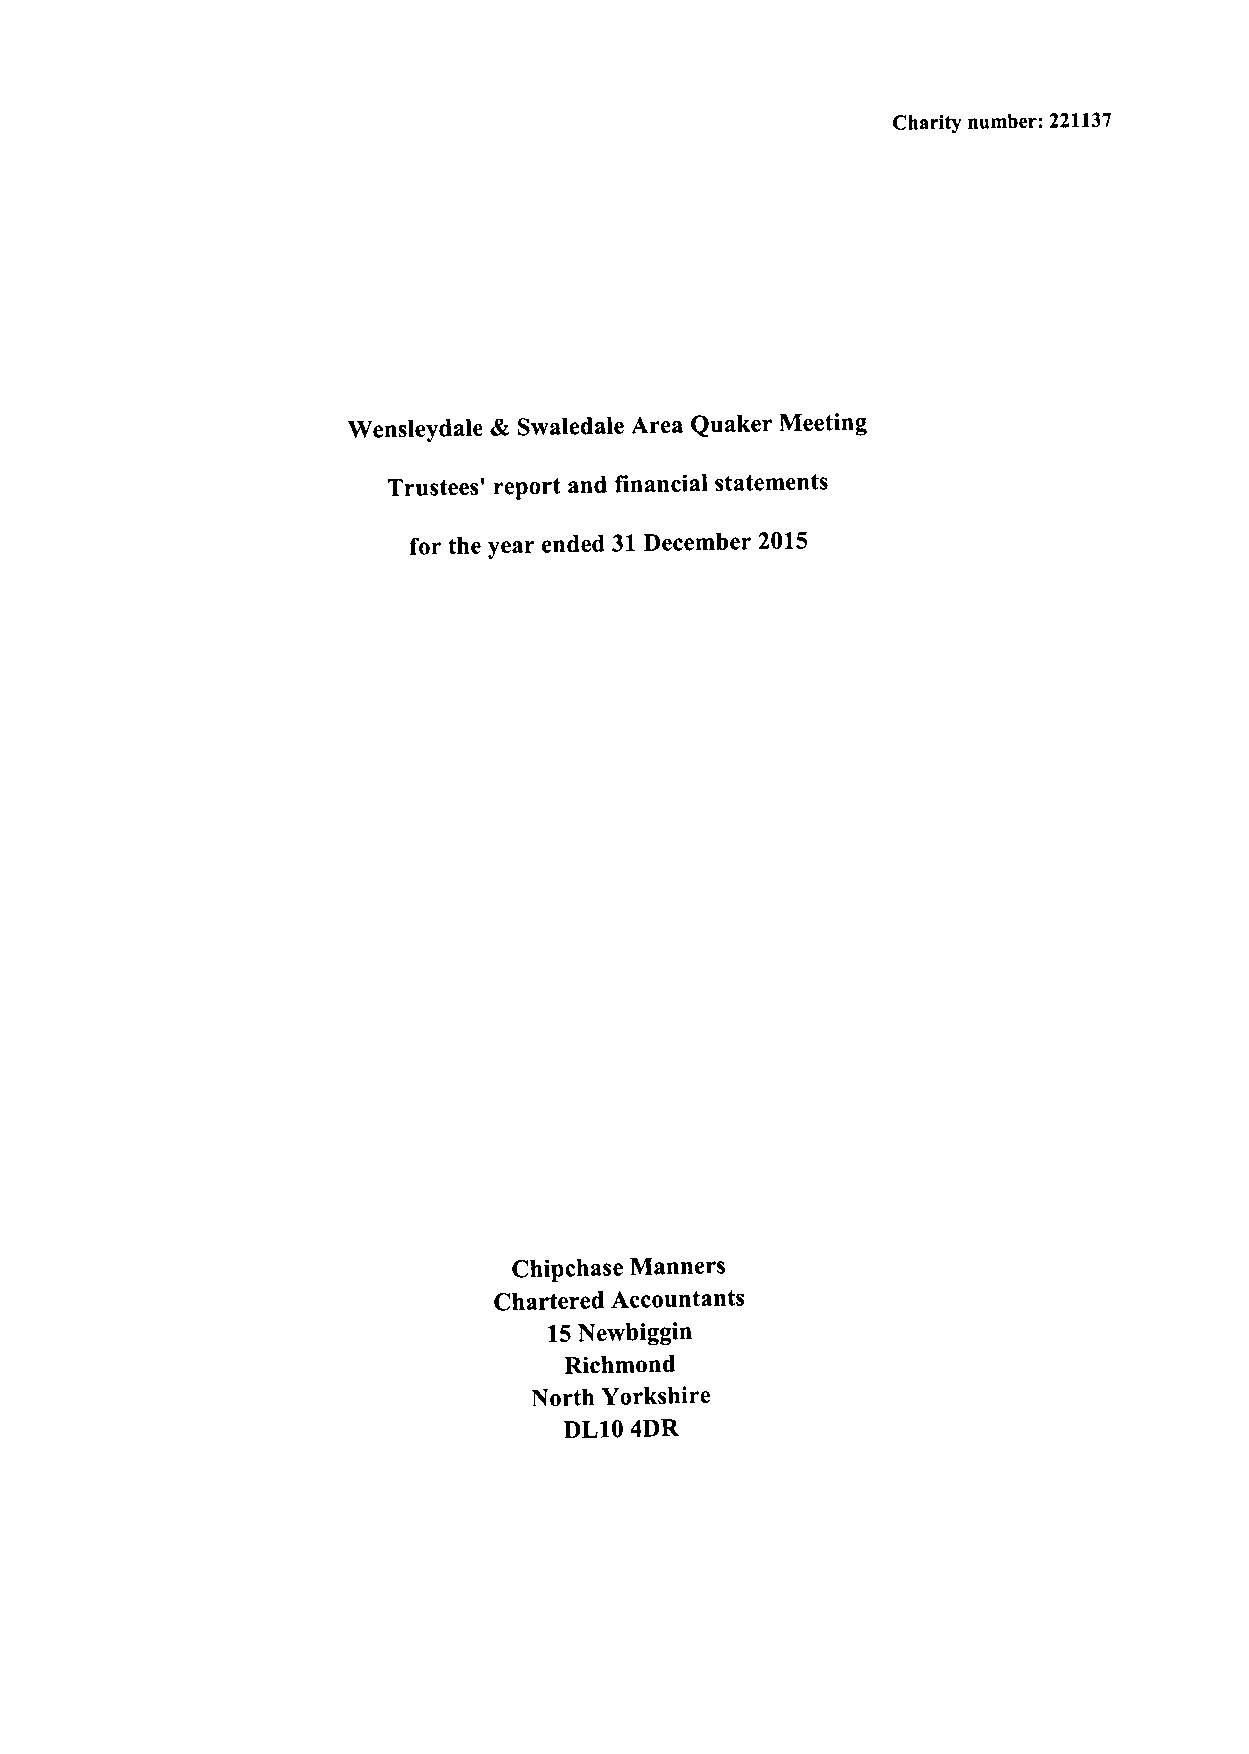
Charity number: 221137
 Wensleydale & Swaledale Area Quaker Meeting
 Trustees' report and financial statements
 for the year ended 31December 2015
 Chipchase Manners
 Chartered Accountants
 15Newbiggin
 Richmond
 North Yorkshire
 DL10 4DR